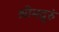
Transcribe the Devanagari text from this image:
श्रीमद्गुरुं